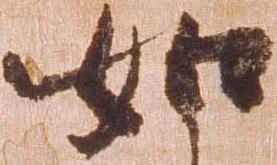
如